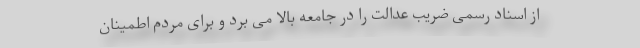
از اسناد رسمی ضریب عدالت را در جامعه بالا می برد و برای مردم اطمینان